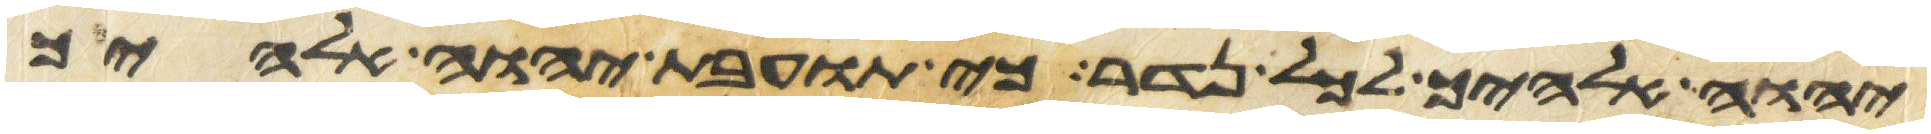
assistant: יהוה אלהיך לכל נדר כי תועבת יהוה אלהיך